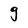
Character: g